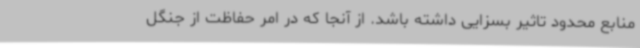
منابع محدود تاثیر بسزایی داشته باشد. از آنجا که در امر حفاظت از جنگل